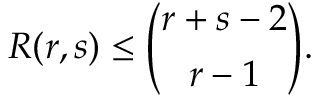
R ( r , s ) \leq { \binom { r + s - 2 } { r - 1 } } .